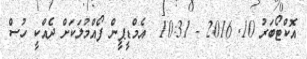
އޮކްޓޯބަރު 10